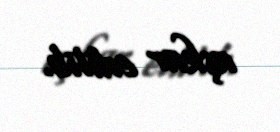
aşkar edilib.